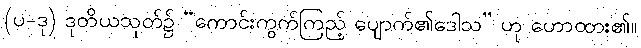
(ပ-ဒု) ဒုတိယသုတ်၌ “ကောင်းကွက်ကြည့် ပျောက်၏ဒေါသ” ဟု ဟောထား၏။